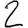
Digit: 2